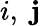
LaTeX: i,\; \mathbf{j}